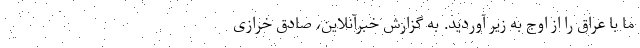
ما با عراق را از اوج به زیر آوردید. به گزارش خبرآنلاین، صادق خرازی